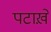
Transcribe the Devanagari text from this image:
पटाख़े